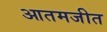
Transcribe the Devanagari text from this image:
आतमजीत